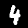
Label: 4